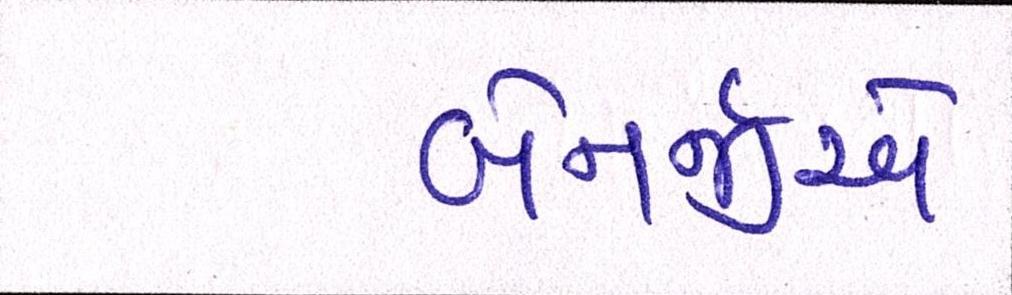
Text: બેનર્જીએ